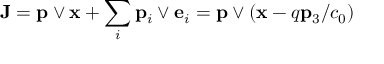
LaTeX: { \bf J } = { \bf p } \vee { \bf x } + \sum _ { i } { \bf p } _ { i } \vee { \bf e } _ { i } = { \bf p } \vee ( { \bf x } - q { \bf p } _ { 3 } / c _ { 0 } )